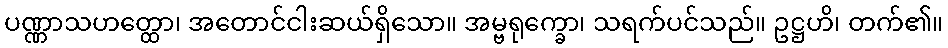
ပဏ္ဏာသဟတ္ထော၊ အတောင်ငါးဆယ်ရှိသော။ အမ္ဗရုက္ခော၊ သရက်ပင်သည်။ ဥဋ္ဌဟိ၊ တက်၏။